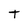
Character: T